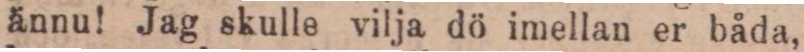
ännu! Jag skulle vilja dö imellan er båda,